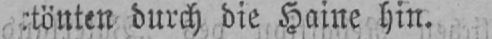
durch die Haine hin.